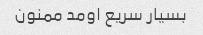
بسیار سریع اومد ممنون